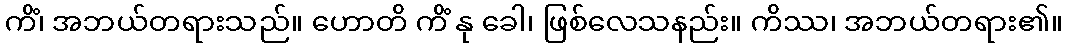
ကိံ၊ အဘယ်တရားသည်။ ဟောတိ ကိံ နု ခေါ၊ ဖြစ်လေသနည်း။ ကိဿ၊ အဘယ်တရား၏။